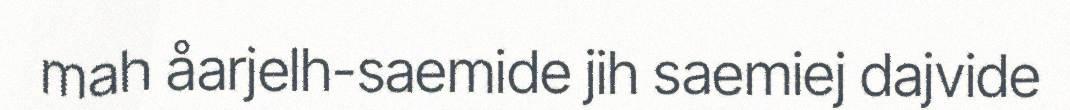
mah åarjelh-saemide jih saemiej dajvide